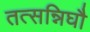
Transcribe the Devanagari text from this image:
तत्सन्निघौ